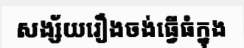
សង្ស័យរឿងចង់ធ្វើធំក្នុង